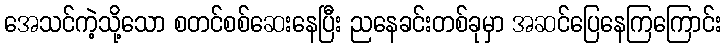
အေသင်ကဲ့သို့သော စတင်စစ်ဆေးနေပြီး ညနေခင်းတစ်ခုမှာ အဆင်ပြေနေကြကြောင်း